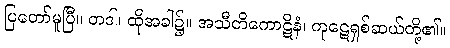
ပြတော်မူပြီ။ တဒါ၊ ထိုအခါ၌။ အသီတိကောဋိနံ၊ ကုဋေရှစ်ဆယ်တို့၏။